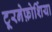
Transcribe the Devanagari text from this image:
टूरनेफ़ोर्शिया